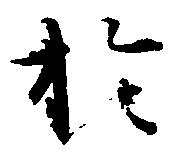
於